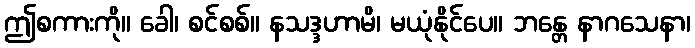
ဤစကားကို။ ခေါ၊ စင်စစ်။ နသဒ္ဒဟာမိ၊ မယုံနိုင်ပေ။ ဘန္တေ နာဂသေနာ၊